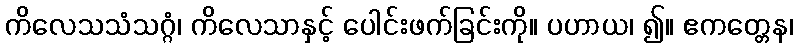
ကိလေသသံသဂ္ဂံ၊ ကိလေသာနှင့် ပေါင်းဖက်ခြင်းကို။ ပဟာယ၊ ၍။ ဧကတ္တေန၊